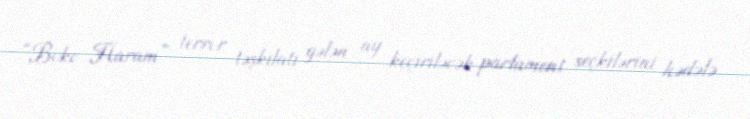
“Boko Haram” terror təşkilatı gələn ay keçiriləcək parlament seçkilərini hədəfə